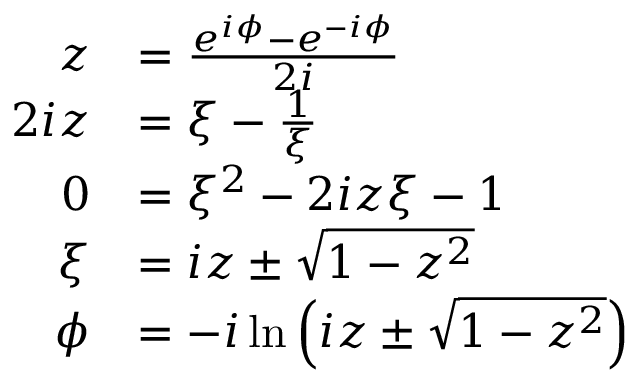
{ \begin{array} { r l } { z } & { = { \frac { e ^ { i \phi } - e ^ { - i \phi } } { 2 i } } } \\ { 2 i z } & { = \xi - { \frac { 1 } { \xi } } } \\ { 0 } & { = \xi ^ { 2 } - 2 i z \xi - 1 } \\ { \xi } & { = i z \pm { \sqrt { 1 - z ^ { 2 } } } } \\ { \phi } & { = - i \ln \left( i z \pm { \sqrt { 1 - z ^ { 2 } } } \right) } \end{array} }